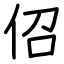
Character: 佋